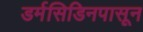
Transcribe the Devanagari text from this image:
डर्मसिडिनपासून